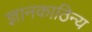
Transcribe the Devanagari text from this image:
ज्ञानकाठिन्य